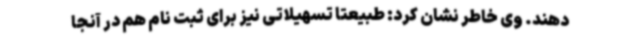
دهند. وی خاطر نشان کرد: طبیعتاً تسهیلاتی نیز برای ثبت نام هم در آنجا